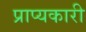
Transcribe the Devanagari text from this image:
प्राप्यकारी